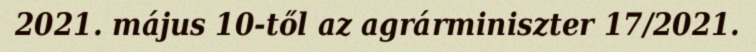
2021. május 10-től az agrárminiszter 17/2021.